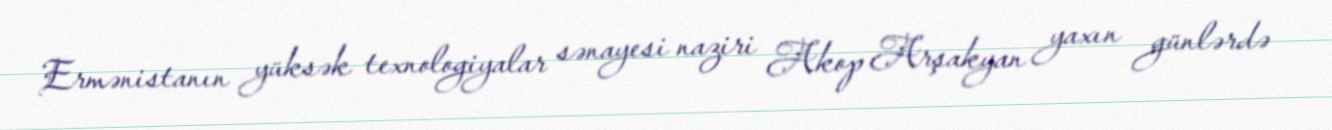
Ermənistanın yüksək texnologiyalar sənayesi naziri Akop Arşakyan yaxın günlərdə